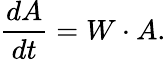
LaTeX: {\frac{dA}{dt}}=W\cdot A.